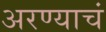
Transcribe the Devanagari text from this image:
अरण्याचं